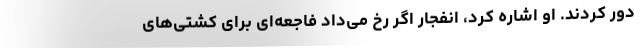
دور کردند. او اشاره کرد، انفجار اگر رخ می‌داد فاجعه‌ای برای کشتی‌های